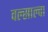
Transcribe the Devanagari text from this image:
वल्साल्वा